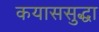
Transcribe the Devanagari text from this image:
कयाससुद्धा